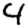
Digit: 4